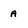
Character: A